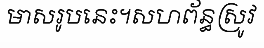
មាសរូបនេះ។សហព័ន្ធស្រូវ